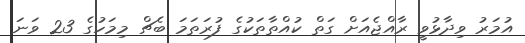
އުމަރު ވިދާޅުވީ ރާއްޖެއަށް ގަތް ކުއްތާތަކުގެ ފުރަތަމަ ބެޗް މިމަހުގެ 23 ވަނަ